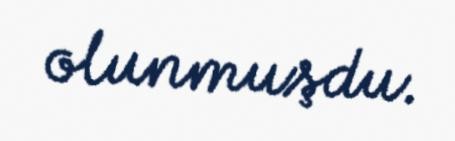
olunmuşdu.